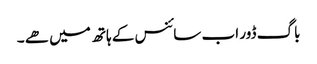
باگ ڈور اب سائنس کے ہاتھ میں ھے ۔